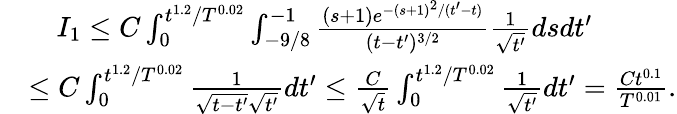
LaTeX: \begin{array}{rl}&{\ \ \ \ I_{1}\leq C\int_{0}^{t^{1.2}/T^{0.02}}\int_{-9/8}^{-1}\frac{(s+1)e^{-(s+1)^{2}/(t^{\prime}-t)}}{(t-t^{\prime})^{3/2}}\frac{1}{\sqrt{t^{\prime}}}dsdt^{\prime}}\\ &{\leq C\int_{0}^{t^{1.2}/T^{0.02}}\frac{1}{\sqrt{t-t^{\prime}}\sqrt{t^{\prime}}}dt^{\prime}\leq\frac{C}{\sqrt{t}}\int_{0}^{t^{1.2}/T^{0.02}}\frac{1}{\sqrt{t^{\prime}}}dt^{\prime}=\frac{Ct^{0.1}}{T^{0.01}}.}\end{array}